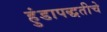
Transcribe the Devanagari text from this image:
हुंडापद्धतीचे